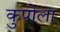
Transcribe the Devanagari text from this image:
कुपोला